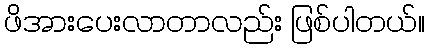
ဖိအားပေးလာတာလည်း ဖြစ်ပါတယ်။